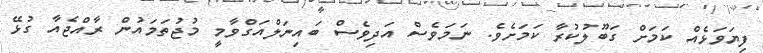
ފިޔަވަޅެއް ކަމަށް ގަބޫލުކުރާ ކަމަށެވެ. ނަމަވެސް އަދިވެސް ބައިނަލްއަގްވާމީ މުޖުތަމައުން ރާއްޖެއާ ގުޅޭ